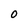
Character: O